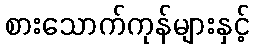
စားသောက်ကုန်များနှင့်